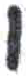
אות: י